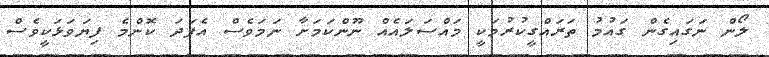
ލޯން ނަގައިގެން ގައުމު ތަރައްގީކުރުމަކީ މައްސަލައެއް ނޫންކަމަށާ ނަމަވެސް އެފަދަ ކޮންމެ ފިޔަވަޅަކީވެސް